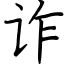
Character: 诈